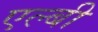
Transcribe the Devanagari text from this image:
एल्बी